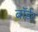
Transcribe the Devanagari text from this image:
बाॅर्डर